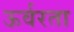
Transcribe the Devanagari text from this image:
ऊर्वरता